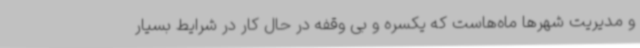
و مدیریت شهرها ماه‌هاست که یکسره و بی وقفه در حال کار در شرایط بسیار